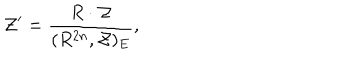
LaTeX: { \cal Z } ^ { \prime } = \frac { R \cdot { \cal Z } } { ( R ^ { 2 n } , { \cal Z } ) _ { E } } ,